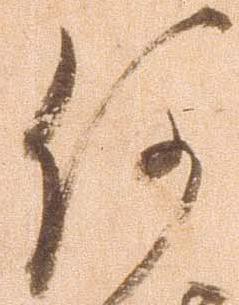
何